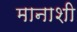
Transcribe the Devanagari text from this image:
मानाशी